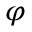
\varphi